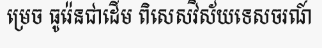
ម្រេច ធូរ៉េនជាដើម ពិសេសវិស័យទេសចរណ៍